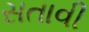
સતાવી